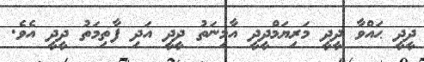
ދީދީ ޙައްވާ ދީދީ މަރިޔަމްދީދީ އާމިނަތު ދީދީ އަދި ފާތިމަތު ދީދީ އެވެ.